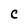
Character: C